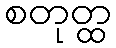
စတုတ္ထ